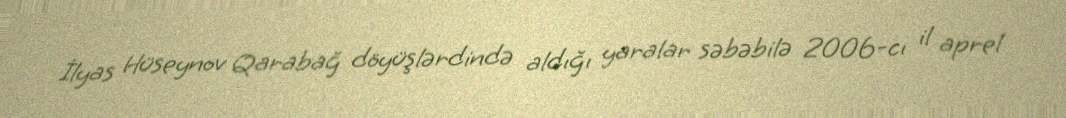
İlyas Hüseynov Qarabağ döyüşlərdində aldığı yaralar səbəbilə 2006-cı il aprel